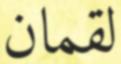
لقمان